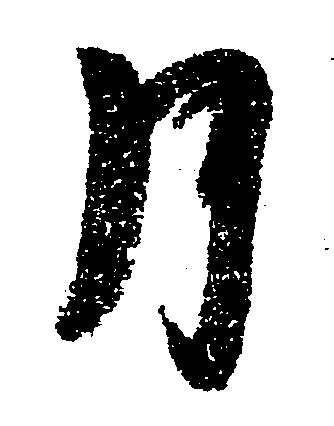
月